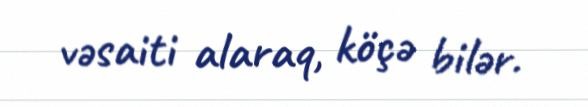
vəsaiti alaraq, köçə bilər.